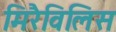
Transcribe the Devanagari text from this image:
मिरैविलिस